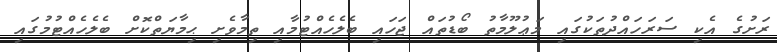
ރަށުގެ އެކި ސަރަހައްދުތަކުގައި މަޢުލޫމާތު ބޯޑުތައް ޖަހައި ބެލެހެއްޓުމާއި ތިމާވެށި ޙިމާޔަތްކޮށް ބެލެހެއްޓުމުގައި